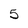
Character: 5